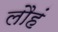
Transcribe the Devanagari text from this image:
लौहं